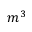
m ^ { 3 }